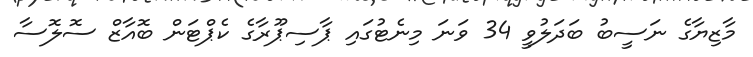
މާޒިޔާގެ ނަސީބު ބަދަލުވީ 34 ވަނަ މިނެޓުގައި ޕާސިޕޫރާގެ ކެޕްޓަން ބޮއާޒް ސޮލޮސާ